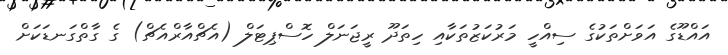
އައްޑޫގެ އަވަށްތަކުގެ ސިއްހީ މަރުކަޒުތަކާއި ހިތަދޫ ރީޖަނަލް ހޮސްޕިޓަލް (އެޗްއާރްއެޗް) ގެ ގާތްގަނޑަކަށް